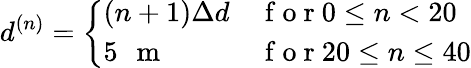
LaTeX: d^{(n)}=\left\{ \begin{array}{ll}{(n+1)\Delta d}&{\mathrm{~f~o~r~}0\leq n<20}\\ {5\mathrm{~\, ~m~}}&{\mathrm{~f~o~r~}20\leq n\leq 40}\end{array}\right.